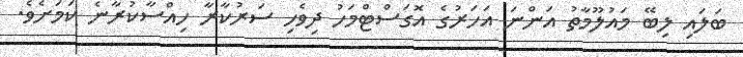
ބަލައި ލިބޭ މައުލޫމާތު އަންނަ އަހަރުގެ އޮގަސްޓްމަހު ދިވެހި ސަރުކާރާ ހިއްސާކުރާނެ ކަމަށެވެ.